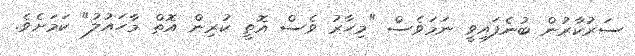
ސަރުކާރުން ބުނެފައިވީ ނަމަވެސް "މިހާރު ވެސް އޮތީ ކުރިން އޮތް މާހައުލު" ކަމަށެވެ.